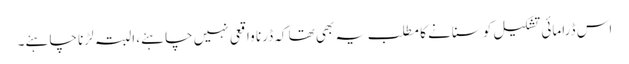
اس ڈرامائی تشکیل کو سنانے کا مطلب یہ بھی تھا کہ ڈرنا واقعی نہیں چاہئے، البتہ لڑنا چاہئے۔